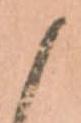
候